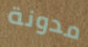
مدونة